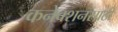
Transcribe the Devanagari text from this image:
कनेक्शनसाठी